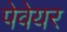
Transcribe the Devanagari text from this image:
पेवेयर